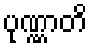
ပုဏ္ဏာတိ